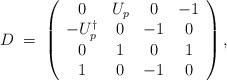
LaTeX: \begin{align*}D\;=\;\left( \begin{array}{cccc} 0 & U_p & 0 & -1 \\ -U_p^\dagger & 0 & -1 & 0 \\ 0 & 1 & 0 & 1 \\ 1 & 0 & -1 & 0 \\\end{array}\right),\end{align*}